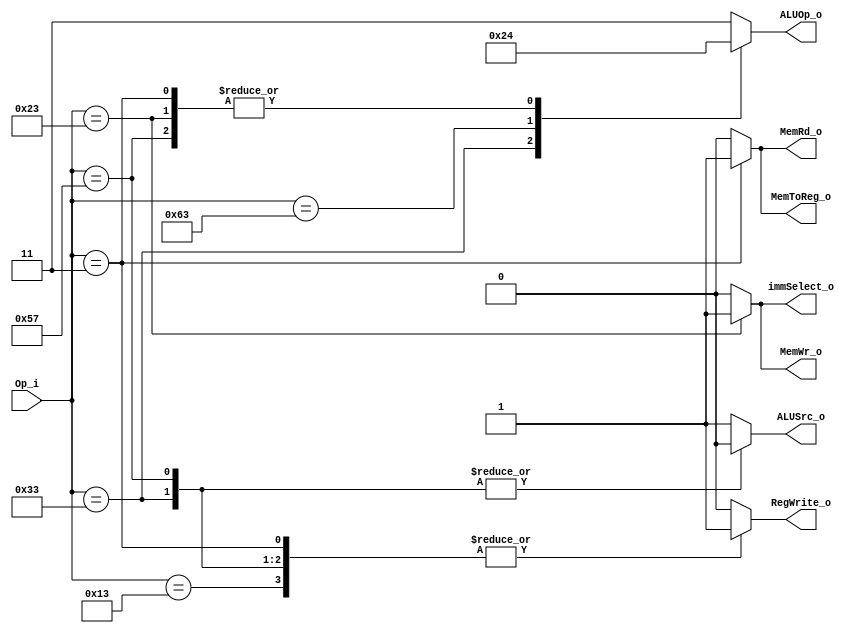
////                                                              ////
////  RISC-V Designe                                              ////
////                                                              ////
////  https://github.com/Abdelazeem201                            ////
////                                                              ////
////  Description                                                 ////
////  Designed RTL of RISC-V system in Verilog                    ////
////                                                              ////
////                                                              ////
////  Author(s):                                                  ////
////      - Ahmed Abdelazeen, ahmed-abdelazeem@outlook.com        ////
////                                                              ////
//////////////////////////////////////////////////////////////////////
module Control(
    input	wire	[6:0]	Op_i,
    output 	reg		[1:0]   ALUOp_o,
    output  reg      		ALUSrc_o,
    output  reg      		RegWrite_o ,
    output  reg      		MemRd_o,
    output  reg      		MemWr_o,
    output  reg      		MemToReg_o,
    output  reg      		immSelect_o
);

always@(*)begin

  case(Op_i)

  7'b0010011 : begin //addi
  ALUOp_o = 2'b11;
  ALUSrc_o = 1'b1;
  RegWrite_o = 1'b1;
  MemRd_o = 1'b0;
  MemWr_o = 1'b0;
  MemToReg_o = 1'b0;
  immSelect_o = 1'b0;
  end
  
  7'b0110011 : begin //others
  ALUOp_o = 2'b10;
  ALUSrc_o = 1'b0;
  RegWrite_o = 1'b1;
  MemRd_o = 1'b0;
  MemWr_o = 1'b0;
  MemToReg_o = 1'b0;
  immSelect_o = 1'b0;
  end

  7'b1100011 : begin //beq
  ALUOp_o = 2'b01;
  ALUSrc_o = 1'b1;
  RegWrite_o = 1'b0;
  MemRd_o = 1'b0;
  MemWr_o = 1'b0;
  MemToReg_o = 1'b0;
  immSelect_o = 1'b0;
  end

  7'b0000011 : begin //lw
  ALUOp_o = 2'b00;
  ALUSrc_o = 1'b1;
  MemRd_o = 1'b1;
  MemToReg_o = 1'b1;
  RegWrite_o = 1'b1;
  MemWr_o = 1'b0;
  immSelect_o = 1'b0;
  end

  7'b0100011 : begin //sw
  ALUOp_o = 2'b00;
  ALUSrc_o = 1'b1;
  MemWr_o = 1'b1;
  RegWrite_o = 1'b0;
  MemRd_o = 1'b0;
  MemToReg_o = 1'b0;
  immSelect_o = 1'b1;
  end

  //---------NEW-----------
  7'b1010111: begin //vector
  ALUOp_o = 2'b00; //useless
  ALUSrc_o = 1'b0;
  RegWrite_o = 1'b1;
  MemRd_o = 1'b0;
  MemWr_o = 1'b0;
  MemToReg_o = 1'b0;
  immSelect_o = 1'b0;
  end
  //---------NEW-----------

  default : begin
  ALUOp_o = 2'b11;
  ALUSrc_o = 1'b1;
  RegWrite_o = 1'b0;
  MemRd_o = 1'b0;
  MemWr_o = 1'b0;
  MemToReg_o = 1'b0;
  immSelect_o = 1'b0;
  end
  endcase
end
endmodule